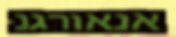
אנאורגנ